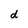
Character: d